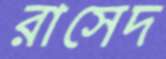
রাসেদ